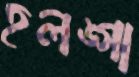
হলঙ্গা